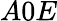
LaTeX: A0E